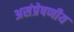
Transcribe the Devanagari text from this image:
असंप्रेषणीय